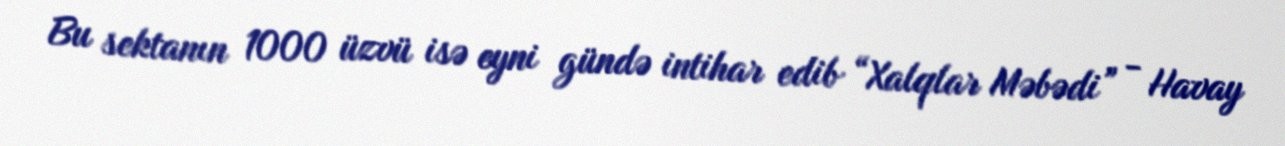
Bu sektanın 1000 üzvü isə eyni gündə intihar edib “Xalqlar Məbədi” - Havay